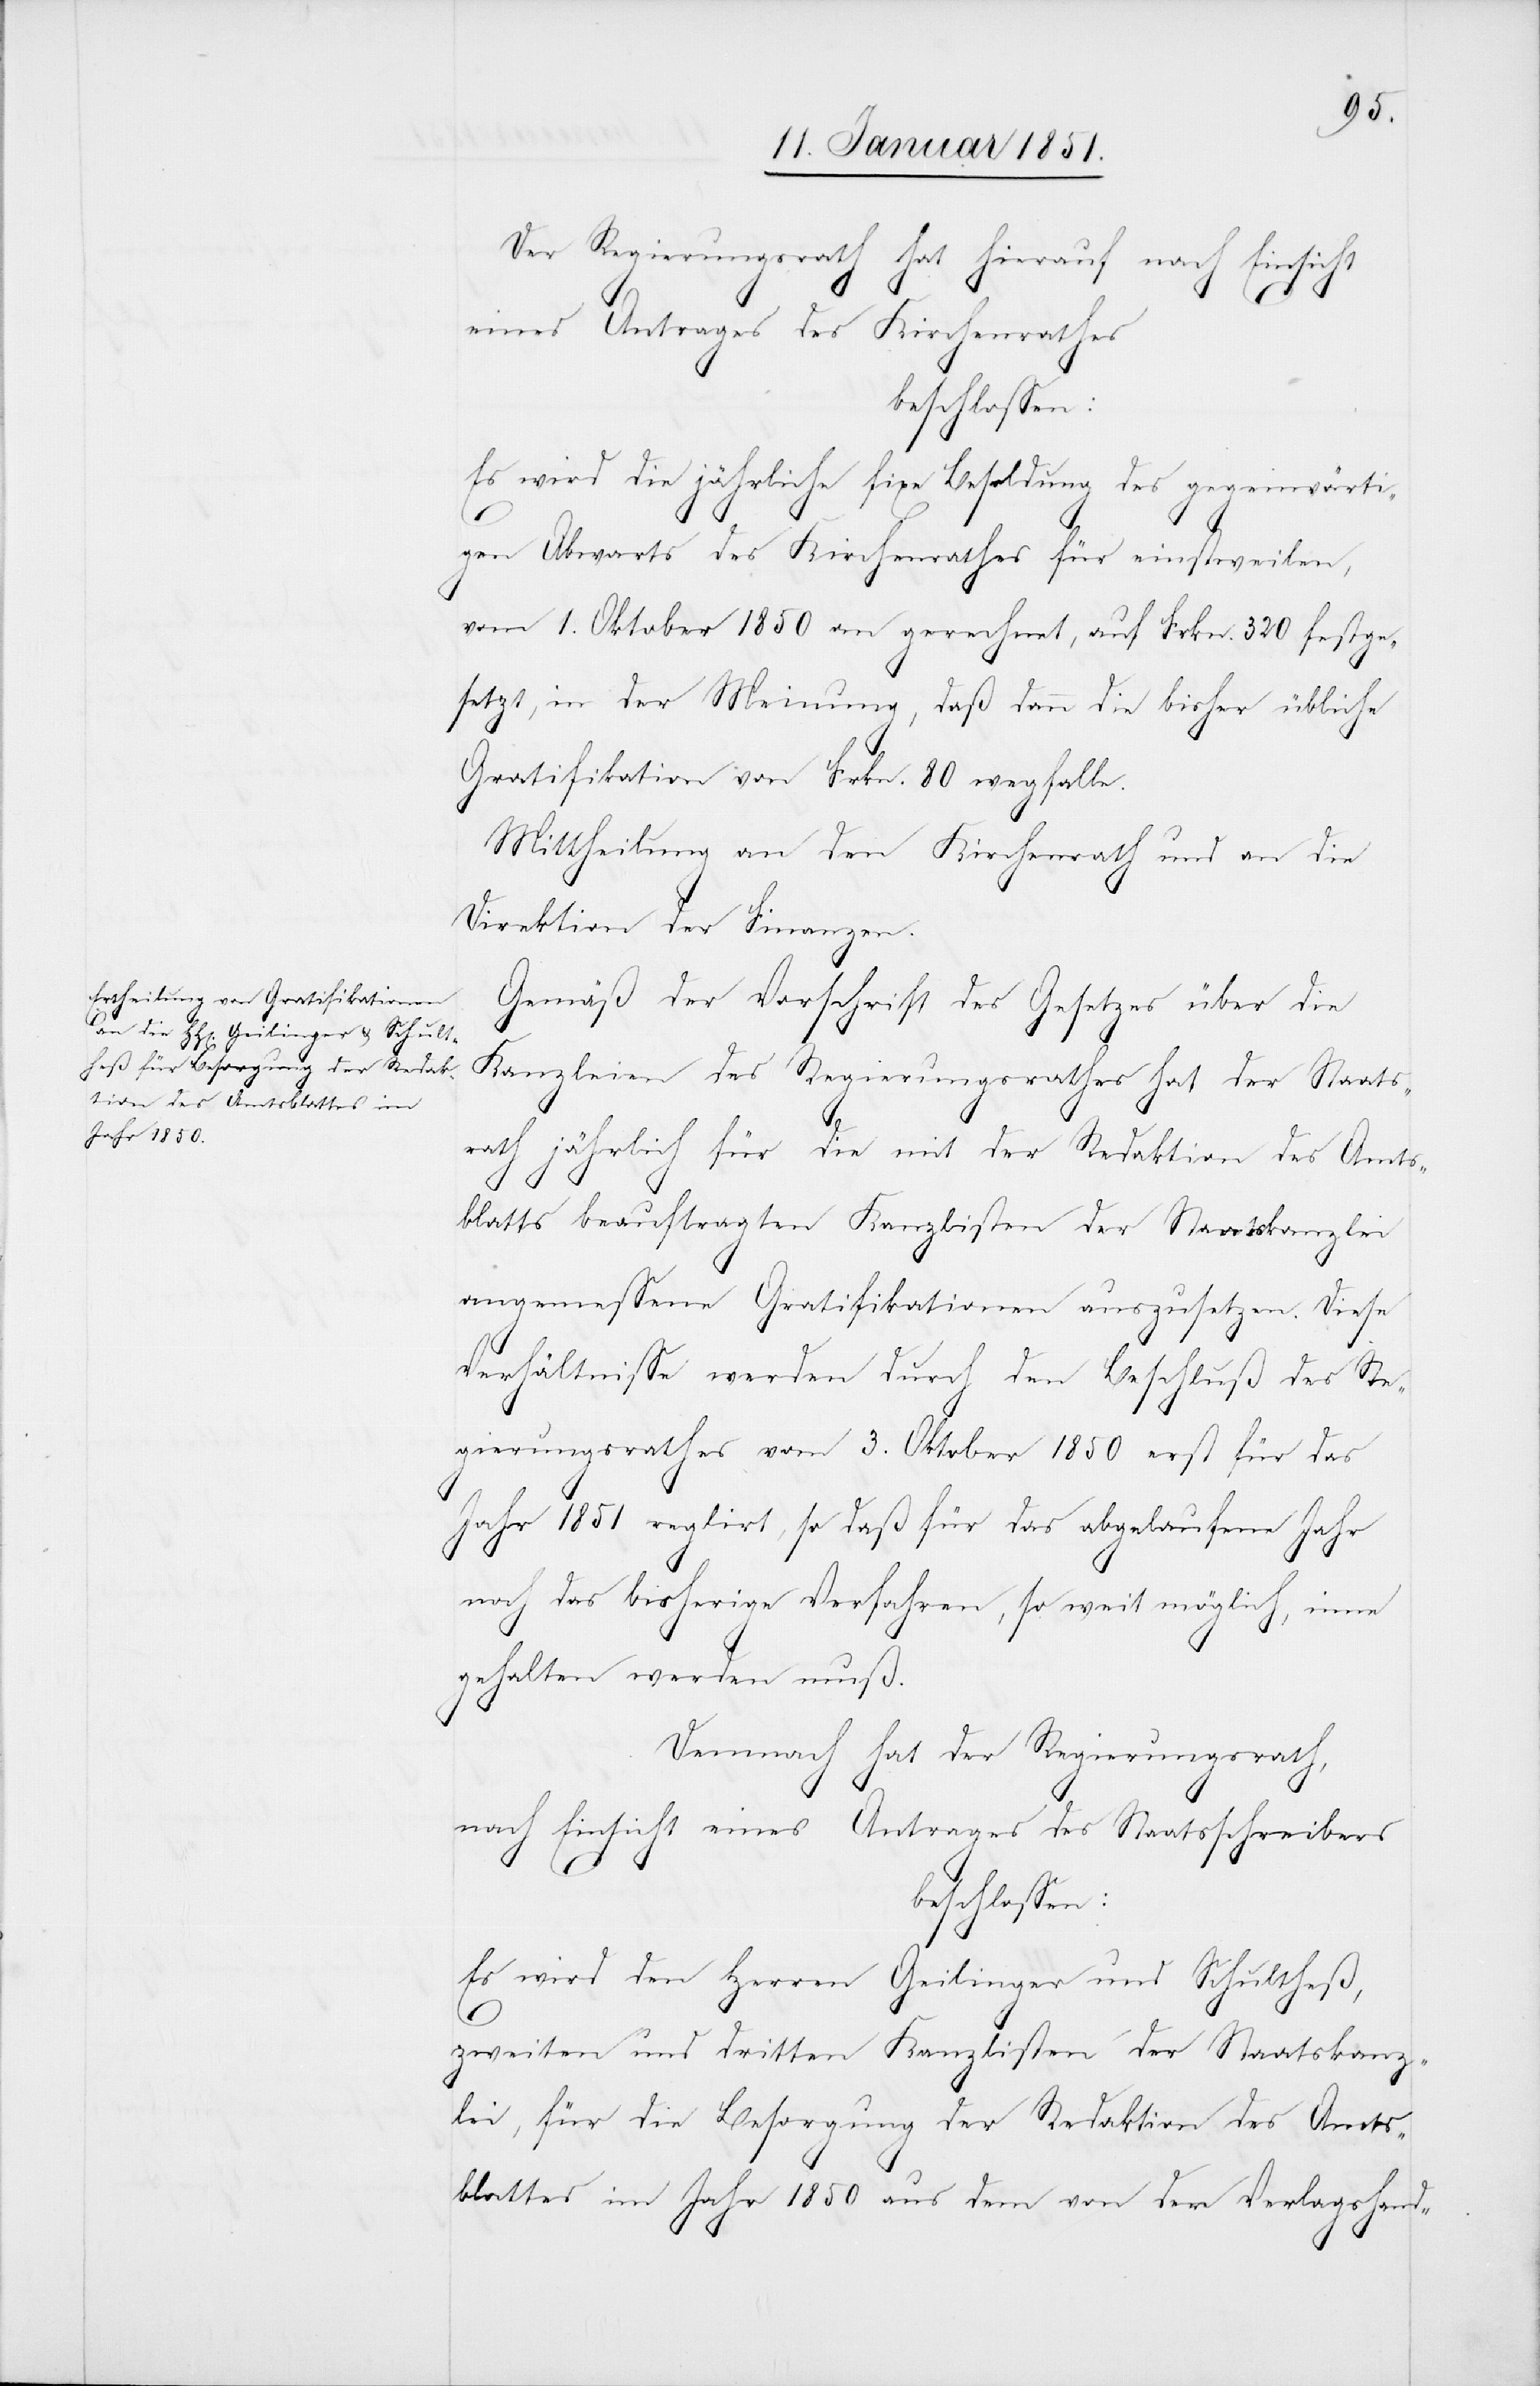
Der Regierungsrath hat hierauf nach Einsicht
eines Antrages des Kirchenrathes
beschlossen:
Es wird die jährliche fixe Besoldung des gegenwärti¬
gen Abwarts des Kirchenrathes für einstweilen,
vom 1. Oktober 1850 an gerechnet, auf Frkn. 320 festge¬
setzt, in der Meinung, daß dann die bisher übliche
Gratifikation von Frkn. 80 wegfalle.
Mittheilung an den Kirchenrath und an die
Direktion der Finanzen.
Gemäß der Vorschrift des Gesetzes über die
Kanzleien des Regierungsrathes hat der Staats¬
rath jährlich für die mit der Redaktion des Amts¬
blattes beauftragten Kanzlisten der Staatskanzlei
angemessene Gratifikationen auszusetzen. Diese
Verhältnisse werden durch den Beschluß des Re¬
gierungsrathes vom 3. Oktober 1850 erst für das
Jahr 1851 reglirt, so daß für das abgelaufene Jahr
noch das bisherige Verfahren, so weit möglich, inne
gehalten werden muß.
Demnach hat der Regierungsrath,
nach Einsicht eines Antrages des Staatsschreibers
beschlossen:
Es wird den Herren Geilinger und Schultheß,
zweiten und dritten Kanzlisten der Staatskanz¬
lei, für die Besorgung der Redaktion des Amts¬
blattes im Jahr 1850 aus dem von der Verlagshand-